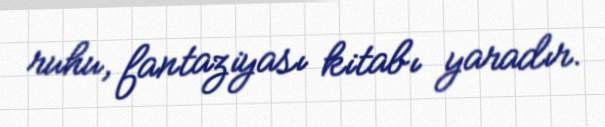
ruhu, fantaziyası kitabı yaradır.